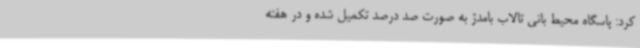
کرد: پاسگاه محیط بانی تالاب بامدژ به صورت صد درصد تکمیل شده و در هفته